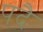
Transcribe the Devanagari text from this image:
पदै